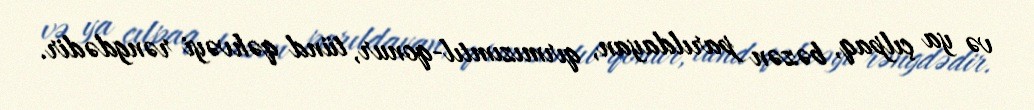
və ya çılpaq, bəzən parıldayan, qırmızımtıl-qonur, tünd qəhvəyi rəngdədir.